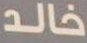
خالد